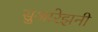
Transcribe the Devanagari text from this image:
सुआरेझनी